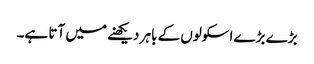
بڑے بڑے اسکولوں کے باہر دیکھنے میں آتا ہے۔